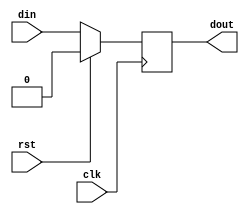
module dff(clk,rst,din,dout);
input clk,rst;
input din;
output reg dout;
always @(posedge clk)begin
	if(rst==1)begin
		dout<=0;
	end
	else begin
		dout<=din;
	end
end
endmodule